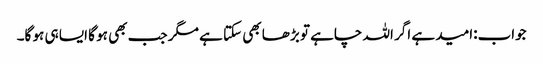
جواب:امید ہے اگر اللہ چاہے تو بڑھا بھی سکتا ہے مگر جب بھی ہو گا ایسا ہی ہو گا۔